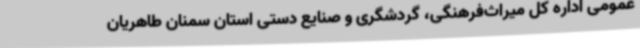
عمومی اداره کل میراث‌فرهنگی، گردشگری و صنایع دستی استان سمنان طاهریان